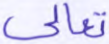
تعالى